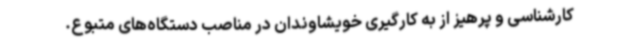
کارشناسی و پرهیز از به کارگیری خویشاوندان در مناصب دستگاه‌های متبوع.